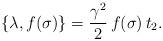
LaTeX: \begin{align*}\{\lambda ,f(\sigma)\} =\frac{\gamma^2}{2}\,f(\sigma)\,t_2.\end{align*}